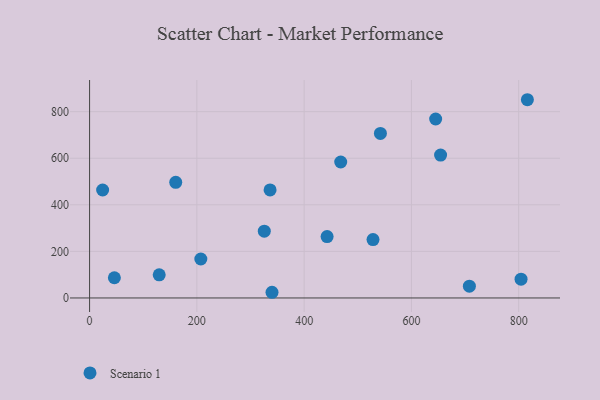
{"axis": {"x": "Experience", "y": "Demand"}, "legend": ["Scenario 1"], "data": [{"x": "340.1", "y": 24.4, "type": "Scenario 1"}, {"x": "468.2", "y": 583.8, "type": "Scenario 1"}, {"x": "542.2", "y": 706.4, "type": "Scenario 1"}, {"x": "46.2", "y": 86.8, "type": "Scenario 1"}, {"x": "207.4", "y": 167.4, "type": "Scenario 1"}, {"x": "24.3", "y": 463.6, "type": "Scenario 1"}, {"x": "442.8", "y": 263.4, "type": "Scenario 1"}, {"x": "654.4", "y": 613.5, "type": "Scenario 1"}, {"x": "708.1", "y": 50.7, "type": "Scenario 1"}, {"x": "336.5", "y": 464.0, "type": "Scenario 1"}, {"x": "528.4", "y": 250.6, "type": "Scenario 1"}, {"x": "645.2", "y": 768.6, "type": "Scenario 1"}, {"x": "816.2", "y": 851.3, "type": "Scenario 1"}, {"x": "129.8", "y": 99.3, "type": "Scenario 1"}, {"x": "804.4", "y": 80.8, "type": "Scenario 1"}, {"x": "160.6", "y": 496.5, "type": "Scenario 1"}, {"x": "325.7", "y": 287.0, "type": "Scenario 1"}]}